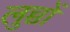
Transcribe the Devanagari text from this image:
लुच्चों